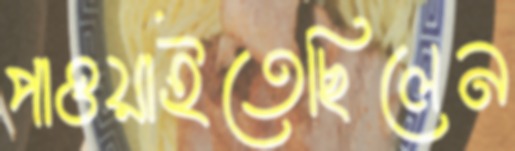
পাওয়াইতেছিলেন